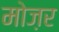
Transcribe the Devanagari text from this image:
मोज़र